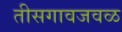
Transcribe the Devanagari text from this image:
तीसगावजवळ